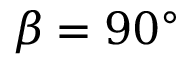
\beta = 9 0 ^ { \circ }